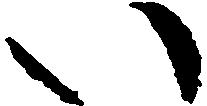
い